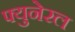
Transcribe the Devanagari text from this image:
फ्युनेरल